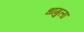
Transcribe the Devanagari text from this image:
धांगुला